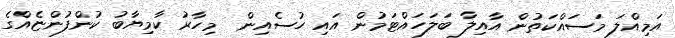
އަމިއްލަ މަސައްކަތުން އާއިލާ ބަލަހައްޓަމުން އައި ހުސެއިން  މިހާރު ކާމިޔާބު ކުންފުންޏެއްގެ